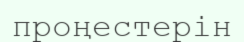
проңестерін